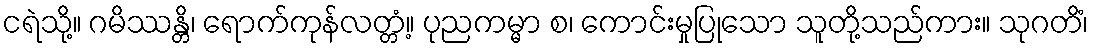
ငရဲသို့။ ဂမိဿန္တိ၊ ရောက်ကုန်လတ္တံ့။ ပုညကမ္မာ စ၊ ကောင်းမှုပြုသော သူတို့သည်ကား။ သုဂတိံ၊